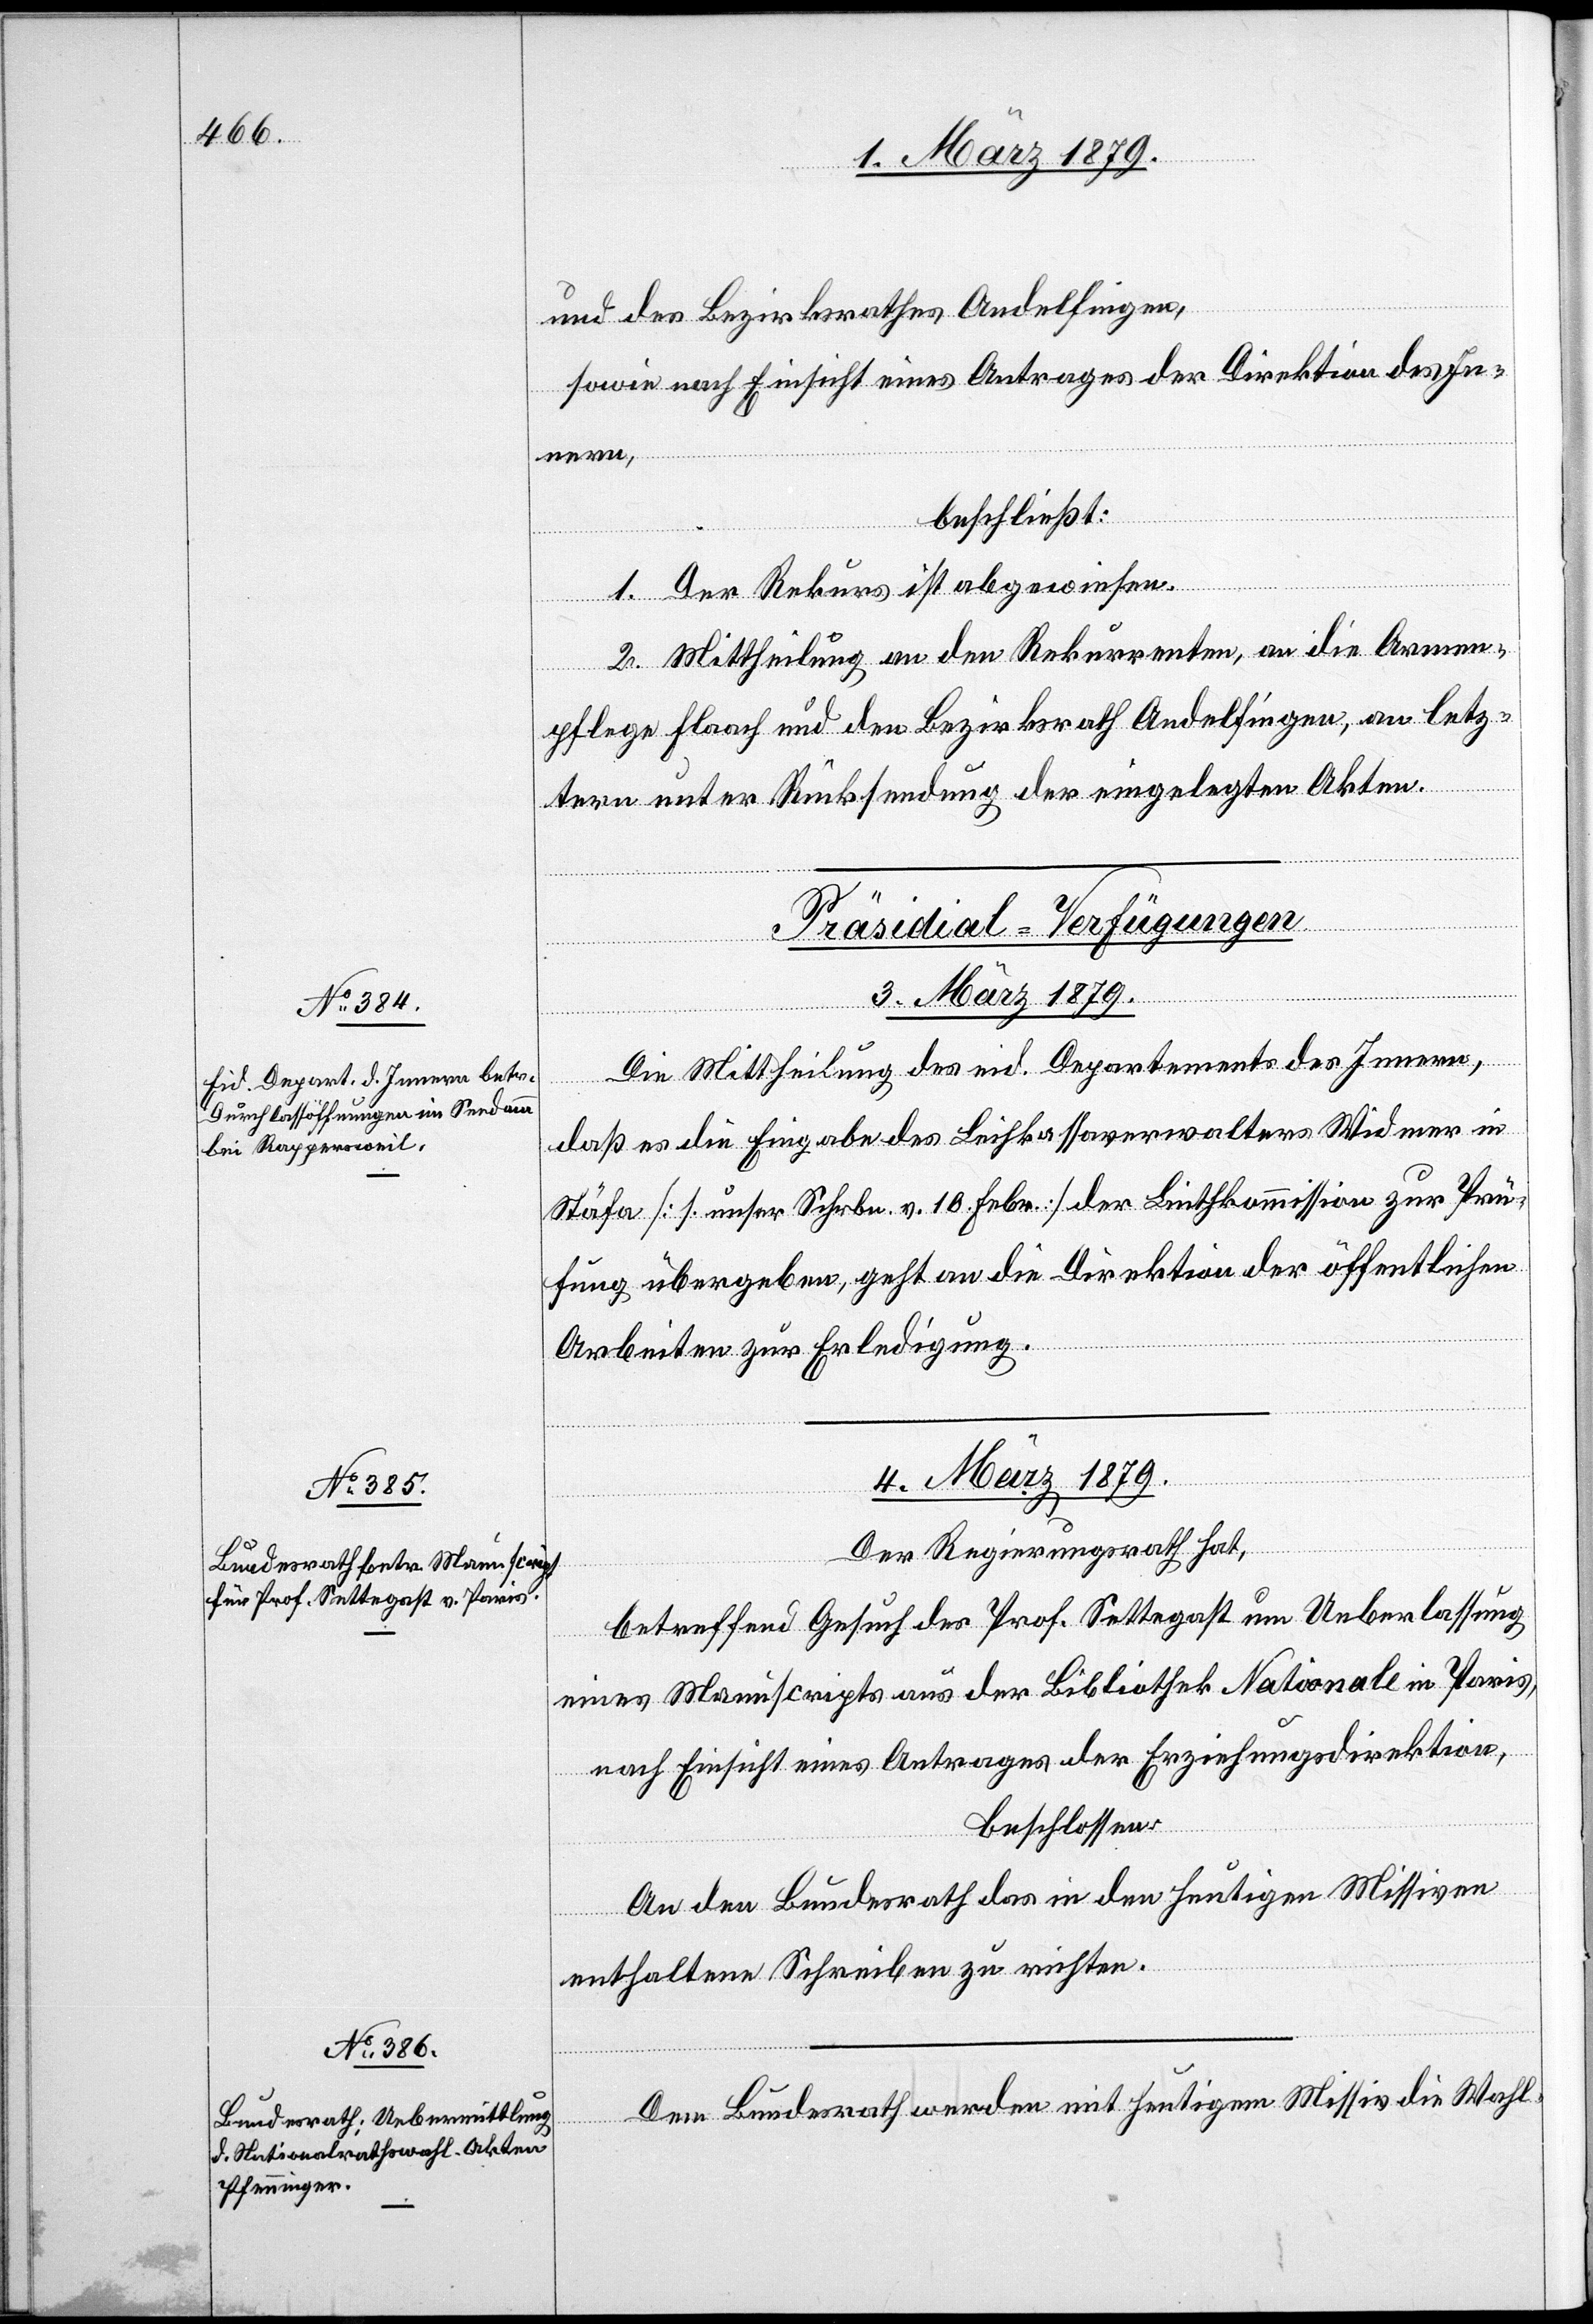
und des Bezirksrathes Andelfingen,
sowie nach Einsicht eines Antrages der Direktion des In¬
nern,
beschließt:
1. Der Rekurs ist abgewiesen.
2. Mittheilung an den Rekurrenten, an die Armen¬
pflege Flaach und den Bezirksrath Andelfingen, an letz¬
tern unter Rücksendung der eingelegten Akten.
[Präsidial-Verfügungen
3. März 1879.
Die Mittheilung des eid. Departements des Innern,
daß es die Eingabe des Leihkassaverwalters Widmer in
Stäfa [s. unser Schrbn. v. 10. Febr.] der Linthkommission zur Prü¬
fung übergeben, geht an die Direktion der öffentlichen
Arbeiten zur Erledigung.
4. März 1879.]
Der Regierungsrath hat,
betreffend Gesuch des Prof. Settegast um Ueberlassung
eines Manuscripts aus der Bibliothek Nationale in Paris,
nach Einsicht eines Antrages der Erziehungsdirektion,
beschlossen:
An den Bundesrath das in den heutigen Missiven
enthaltene Schreiben zu richten.
Dem Bundesrath werden mit heutigem Missiv die Wahl-